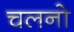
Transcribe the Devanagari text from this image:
चलनो